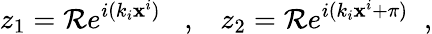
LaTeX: z_{1}=\mathcal{R}e^{i(k_{i}\mathbf{x}^{i})}\; \; \; ,\; \; \; z_{2}=\mathcal{R}e^{i(k_{i}\mathbf{x}^{i}+\pi)}\; \; ,